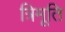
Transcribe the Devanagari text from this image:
त्रिमूति